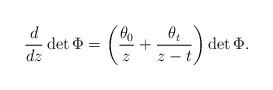
LaTeX: \begin{align*}\frac{d}{dz}\det\Phi =\left(\frac{\theta_0}{z}+\frac{\theta_t}{z-t}\right)\det\Phi.\end{align*}